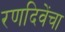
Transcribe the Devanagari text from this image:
रणदिवेंचा